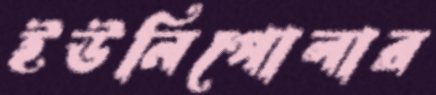
ইউনিপোলার